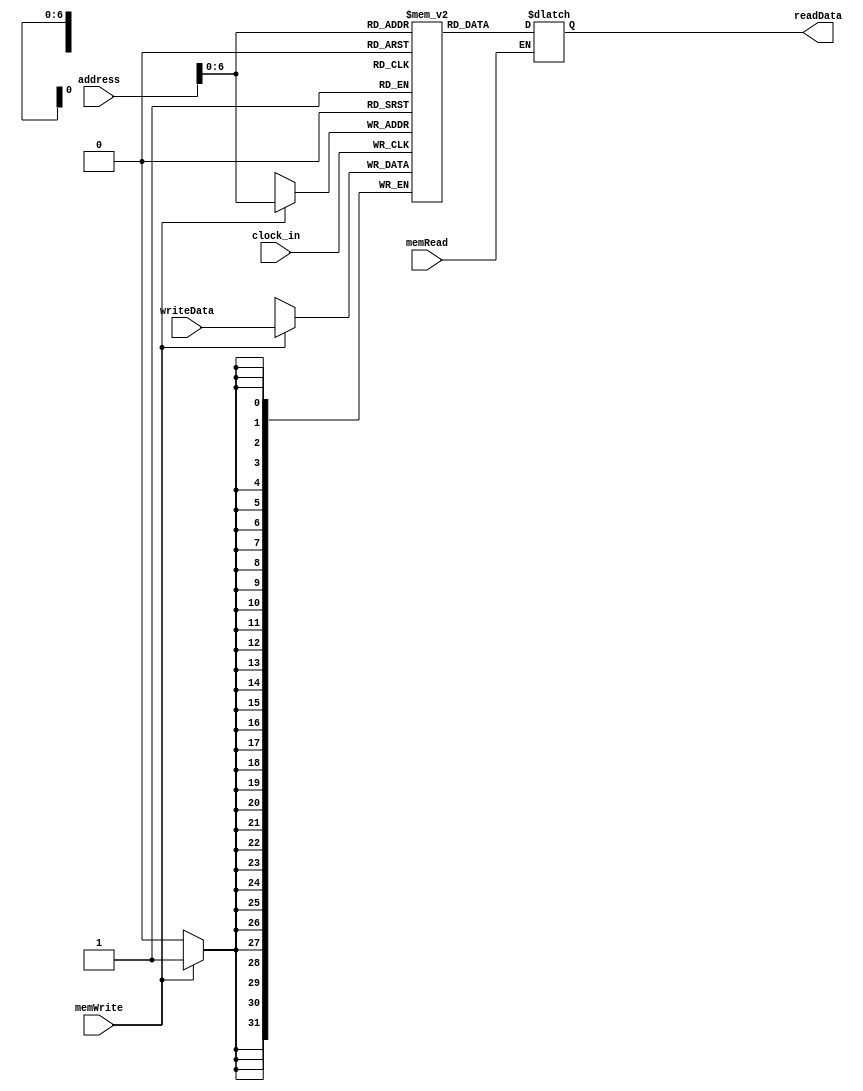
`timescale 1ns / 1ps
//////////////////////////////////////////////////////////////////////////////////
// Company: 
// Engineer: 
// 
// Design Name: 
// Module Name:    date_memory 
// Project Name: 
// Target Devices: 
// Tool versions: 
// Description: 
//
// Dependencies: 
//
// Revision: 
// Revision 0.01 - File Created
// Additional Comments: 
//
//////////////////////////////////////////////////////////////////////////////////
module date_memory(clock_in,address,writeData,memWrite,memRead,readData);
    input clock_in;
	 input [31:0] writeData;
	 input [31:0] address;
	 input memWrite;
	 input memRead;
	 output [31:0] readData;
    
	 reg [31:0] readData;
    reg [31:0] memFile[127:0];
	 
	 always @(memRead)
	 begin
      if (memRead) readData=memFile[address];
	 end
	 
	 always @(negedge clock_in)
	 begin
	    if (memWrite) memFile[address]=writeData;      
    end

endmodule